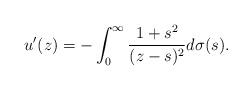
LaTeX: \begin{align*} u'(z)=-\int_0^\infty\frac{1+s^2}{(z-s)^2}d\sigma(s).\end{align*}